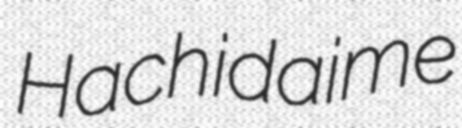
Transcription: Hachidaime